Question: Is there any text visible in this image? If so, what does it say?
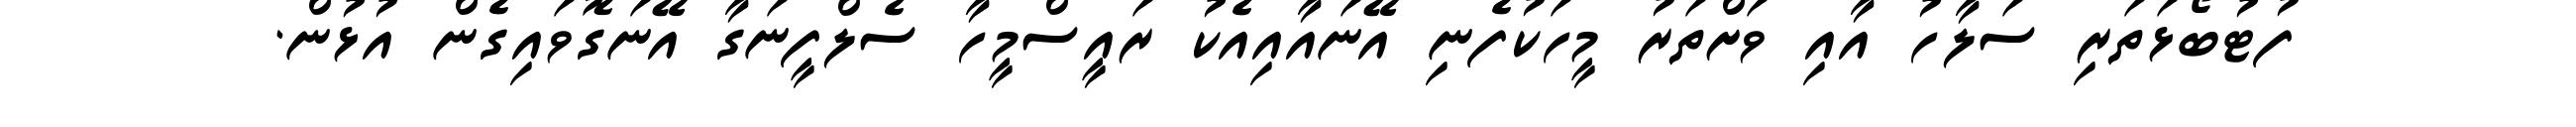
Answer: ފުޓުބޯޅަތަރި ސަލާހު އާއި ވަށްތަރު މީހަކުފެނި އޭނައާއިއެކު ރައީސްމީހާ ސެލްފީނަގާ އޭނަގޮވައިގެން އުޅުން.